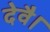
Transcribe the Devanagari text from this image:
देवै।